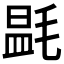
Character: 𣯎